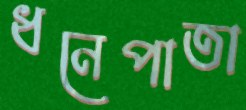
ধনেপাতা